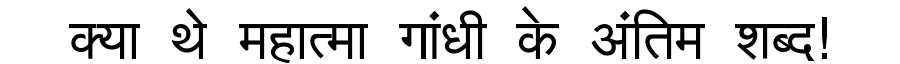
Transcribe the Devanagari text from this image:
क्या थे महात्मा गांधी के अंतिम शब्द!